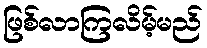
ဖြစ်လာကြလိမ့်မည်